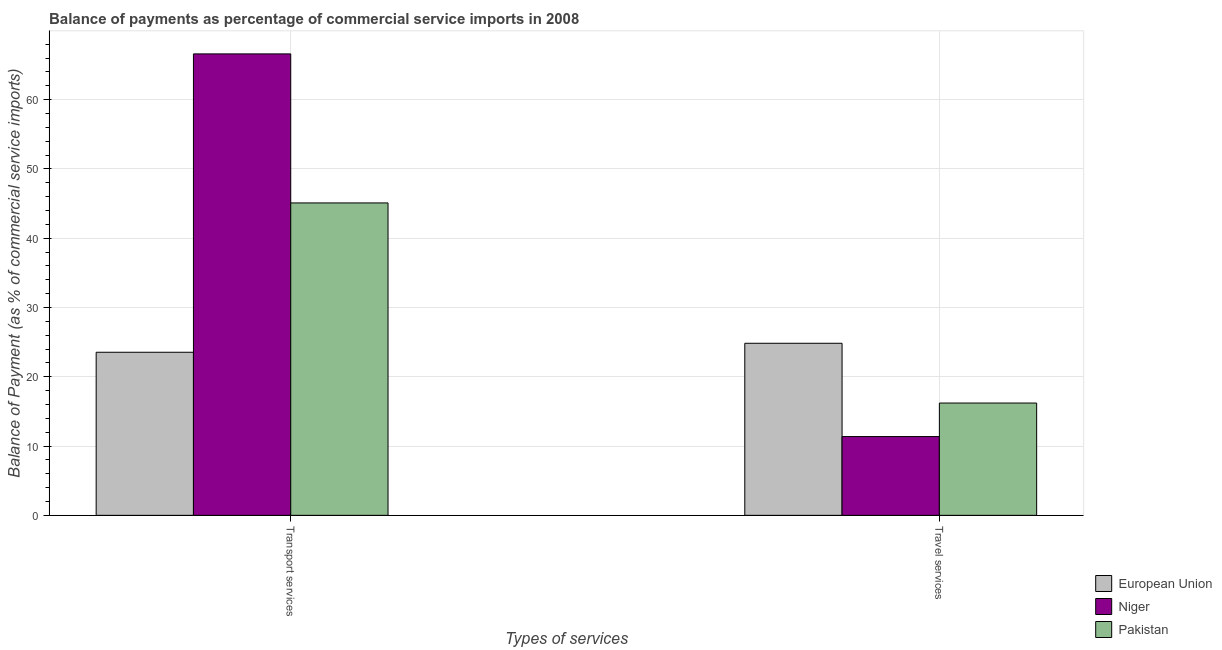
| Types of services | European Union | Niger | Pakistan |
 | --- | --- | --- | --- |
 | Transport services | 23.5 | 66.6 | 45.1 |
 | Travel services | 24.8 | 11.4 | 16.2 |